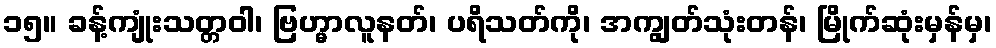
၁၅။ ခန့်ကျုံးသတ္တဝါ၊ ဗြဟ္မာလူနတ်၊ ပရိသတ်ကို၊ အကျွတ်သုံးတန်၊ မြိုက်ဆုံးမှန်မှ၊